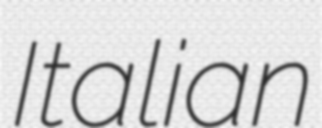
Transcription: Italian